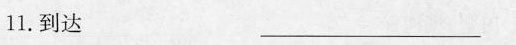
11. 到达 ——